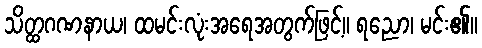
သိတ္ထဂဏနာယ၊ ထမင်းလုံးအရေအတွက်ဖြင့်။ ရညော၊ မင်း၏။